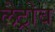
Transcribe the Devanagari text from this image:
लैट्रोब